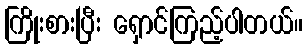
ကြိုးစားပြီး ရှောင်ကြည့်ပါတယ်။